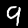
Digit: 9